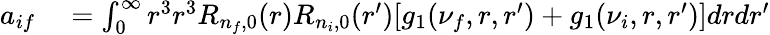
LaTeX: \begin{array}{rl}{a_{if}}&{{}=\int_{0}^{\infty}r^{3}r^{3}R_{n_{f},0}(r)R_{n_{i},0}(r^{\prime})[g_{1}(\nu_{f},r,r^{\prime})+g_{1}(\nu_{i},r,r^{\prime})]drdr^{\prime}}\end{array}